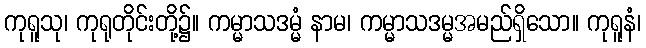
ကုရူသု၊ ကုရုတိုင်းတို့၌။ ကမ္မာသဒမ္မံ နာမ၊ ကမ္မာသဒမ္မအမည်ရှိသော။ ကုရူနံ၊